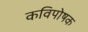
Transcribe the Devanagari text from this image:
कविपोषक